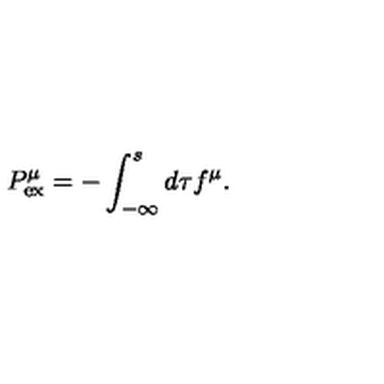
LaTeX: { P } _ { \mathrm { e x } } ^ { \mu } = - \int _ { - \infty } ^ { s } d \tau f ^ { \mu } .